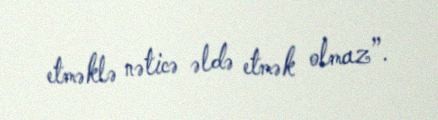
etməklə nəticə əldə etmək olmaz”.